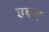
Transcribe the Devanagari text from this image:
हद्दद